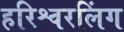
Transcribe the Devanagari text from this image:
हरिश्वरलिंग